Annual report on the health of the army in India
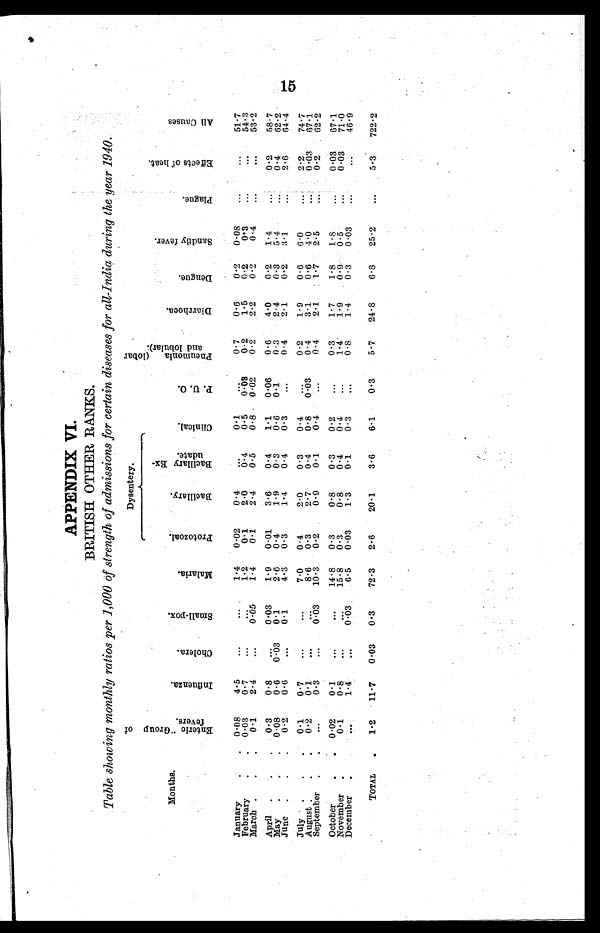
BRITISH OTHER RANKS.
Table showing monthly ratios per 1,000 of strength of admissions for certain diseases for all.India during the year 1940.
Months.
E n t e r i c G r o u p o f F e v e r s .
I n f l u e n z a
Ch o l e r a .
S ma l l . p o x
Ma l a r i a .
Dysentery.
P. U. O.
P n e u m o n i a ( l o b a r a n d l o b u l a r ) .
Di a r r h o e a .
De n g u e
S a n d f l y f e v e r .
Pl ague.
E f f e c t s o f h e a t .
A l l C a u s e s
Pr o t o z o a l .
B a c i l l a r y .
B a c i l l a r y E x u d a t e .
Cl i ni cal .
January
February
March.
0.08
0.03
0.1
4.5
0.7
2.4
... ...
...
... ...
0.05
1.4
1.2
1.4
0.02
0.1
0.1
0.4
2.0
2.4
...
0.4
0.5
0.1
0.5
0.8
...
0.03
0.02
0.7
0.2
0.2
0.6
1.5
2.2
0.2
0.2
0.2
0.08
0.3
0.4
...
...
...
... ...
...
51.7
54.3
53.2
April
May.
June.
0.3
0.08
0.2
0.8
0.6
0.6
...
0.03 ...
0.03
0.1
0.1
1.9
2.6
4.3
0.01
0.4
0.3
3.6
1.9
1.4
0.4
0.3
0.4
1.1
0.6
0.3
0.06
0.1
....
0.6
0.3
0.4
4.0
2.4
2.1
0.2
0.3
0.2
1.4
5.4
3.1
... ... ...
0.2
0.4
2.6
58.7
62.2
64.4
July
August
September
0.1
0.2
...
0.7
0.1
0.3
...
...
...
... ... 0.03
7.0
8.6
10.3
0.4
0.3
0.2
2.0
2.7
0.9
0.3
0.4
0.1
0.4
0.8
0.4
...
0.03 ...
0.2
0.4
0.4
1.9
3.1
2.1
0.6
0.6
1.7
6.0
4.0
2.5
... ... ...
2.2
0.03
0.2
74.7
67.1
62.2
October
November
December
0.02
0.1
....
0.1
0.8
1.4
...
...
...
... ... 0.03
14.8
15.8
6.5
0.3
0.3
0.03
0.8
0.8
1.3
0.3
0.4
0.1
0.2
0.4
0.3 ... ... ...
0.3
1.4'
0.8
1.7
1.9
1.4
1.8
.0. 9
0.3
1 . 8
0.5
0.03
... ... ... ..
0.03
0.03
...
67.1
71.0
46.9
TOTAL
1.2 11. 7 0.03 0.3
72.3 2.6
20.1
3.6
6.1
0.3
5.7 24.8
6.8 25.2
...
5.3 722.2